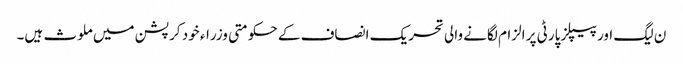
ن لیگ اور پیپلز پارٹی پر الزام لگانے والی تحریک انصاف کے حکومتی وزراء خود کرپشن میں ملوث ہیں۔